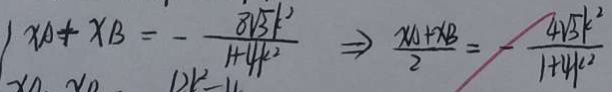
x A + x B = - \frac { 8 \sqrt { 3 } k ^ { 2 } } { 1 + 4 k ^ { 2 } } \Rightarrow \frac { x A + x B } { 2 } = - \frac { 4 \sqrt { 3 } k ^ { 2 } } { 1 + 4 k ^ { 2 } }